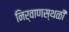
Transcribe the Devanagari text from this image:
निर्वाणस्थळी